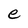
Character: e